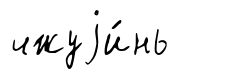
чжуjи́нь